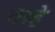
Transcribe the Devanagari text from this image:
तरहे